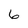
Character: 6